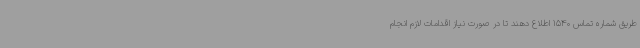
طریق شماره تماس 1540 اطلاع دهند تا در صورت نیاز اقدامات لازم انجام